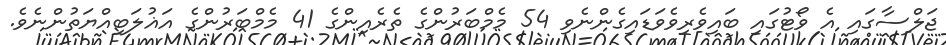
ޖަލްސާގައި އެ ވޯޓުގައި ބައިވެރިވެވަޑައިގެންނެވި 54 މެމްބަރުންގެ ތެރެއިންގެ 41 މެމްބަރުންގެ އަޣުލަބިއްޔަތުންނެވެ.